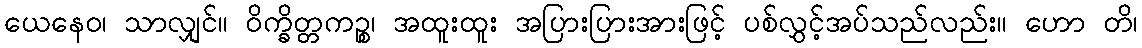
ယေနေဝ၊ သာလျှင်။ ဝိက္ခိတ္တကဉ္စ၊ အထူးထူး အပြားပြားအားဖြင့် ပစ်လွှင့်အပ်သည်လည်း။ ဟော တိ၊